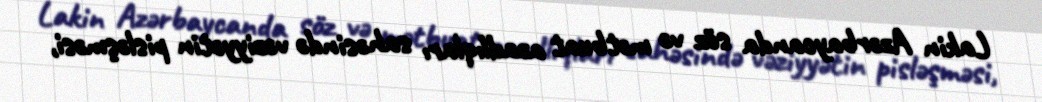
Lakin Azərbaycanda söz və mətbuat azadlıqları sahəsində vəziyyətin pisləşməsi,